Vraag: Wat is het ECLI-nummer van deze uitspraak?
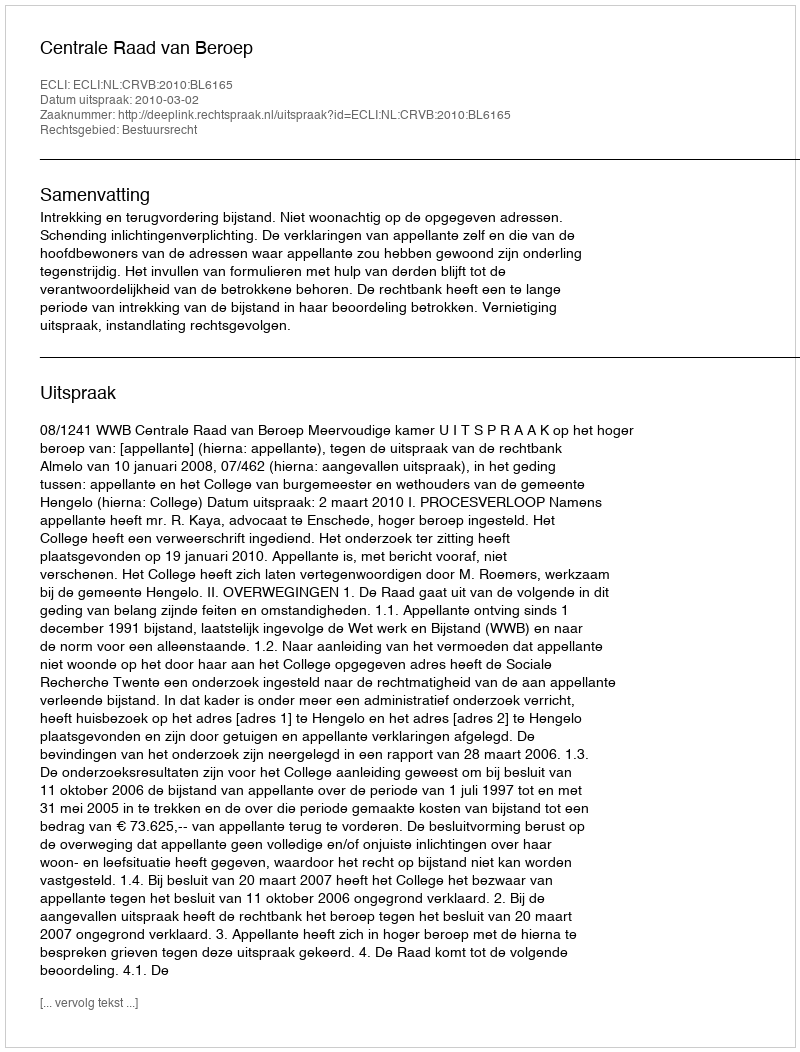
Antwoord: ECLI:NL:CRVB:2010:BL6165